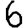
Digit: 6